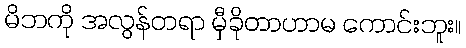
မိဘကို အလွန်တရာ မှီခိုတာဟာမ ကောင်းဘူး။